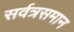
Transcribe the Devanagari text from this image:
सर्वत्रसमान